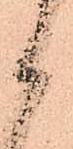
御